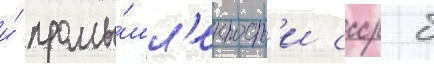
и́ промы́шл'енност'и ссср б